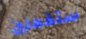
ستفعلين